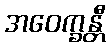
အဝေက္ခန္တီ